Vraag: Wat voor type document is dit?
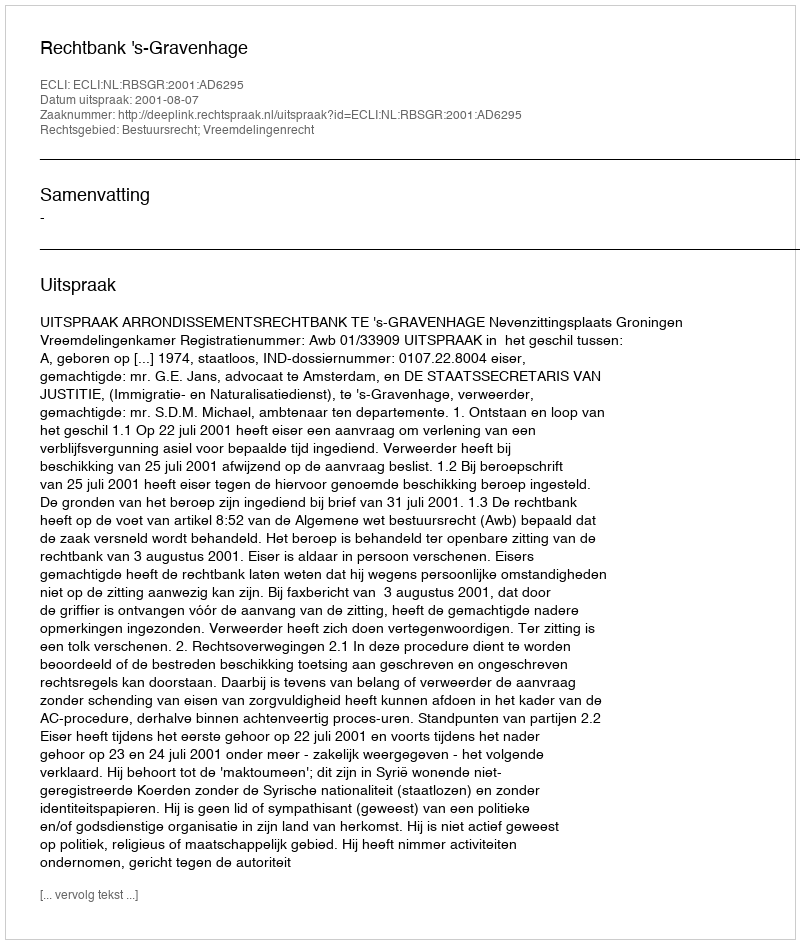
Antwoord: Uitspraak